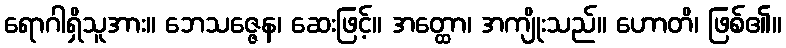
ရောဂါရှိသူအား။ ဘေသဇ္ဇေန၊ ဆေးဖြင့်။ အတ္ထော၊ အကျိုးသည်။ ဟောတိ၊ ဖြစ်၏။